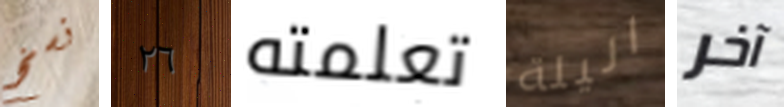
نسخ ٢٦ تعلمته اليلة آخر